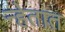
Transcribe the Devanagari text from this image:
न्हेतात